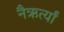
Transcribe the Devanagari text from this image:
नैऋर्त्यां